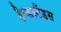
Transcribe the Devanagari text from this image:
हैण्डस्टैंडस